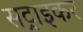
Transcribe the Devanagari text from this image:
सट्राइकर